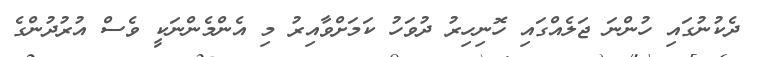
ދެކުނުގައި ހުންނަ ޖަލެއްގައި ހޮނިހިރު ދުވަހު ކަމަށްވާއިރު މި އެންމެންނަކީ ވެސް އުރުދުންގެ